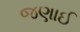
જણાઈ